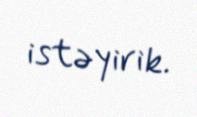
istəyirik.